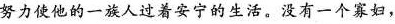
努力使他的一族人过着安宁的生活，没有一个寡妇，